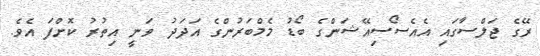
ރޭގެ ޖަލްސާގައި އެއެސޯސިއޭޝަންގެ ބޯޑު މެމްބަރުންގެ އަދަދު ވަނީ އިތުރު ކޮށްފަ އެވެ.